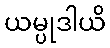
ယမ္ပုဒါယိ